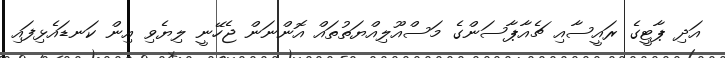
އަދި ޕާޓީގެ ރައީސާއި ޗެއާޕާސަންގެ މަސްއޫލިއްޔަތުތައް އޮންނަން ޖެހޭނީ ލިޔެވި އިން ކަނޑައެޅިފައި